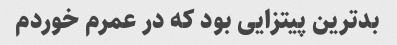
بدترین پیتزایی بود که در عمرم خوردم